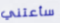
سأعتني